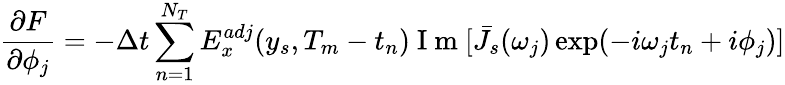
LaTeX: \frac{\partial F}{\partial\phi_{j}}=-\Delta t\sum_{n=1}^{N_{T}}E_{x}^{adj}(y_{s},T_{m}-t_{n})\mathrm{~I~m~}[\bar{J}_{s}(\omega_{j})\exp(-i\omega_{j}t_{n}+i\phi_{j})]